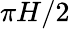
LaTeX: \pi H/2